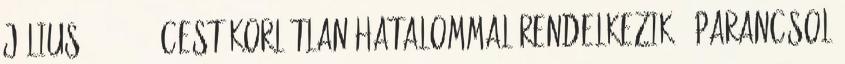
július 1., 18:52 CEST Korlátlan hatalommal rendelkezik Ő parancsol